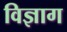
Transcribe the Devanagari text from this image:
विज्ञाग